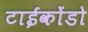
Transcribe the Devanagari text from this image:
टाईकोंडो